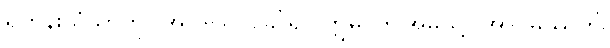
ရဟန်းသံဃာကို။ အာဒါယ၊ ခေါ်၍။ ဣဓ၊ ဤအိမ်သို့။ အာဂမိဿတိ၊